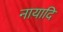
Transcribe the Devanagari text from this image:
नायादि